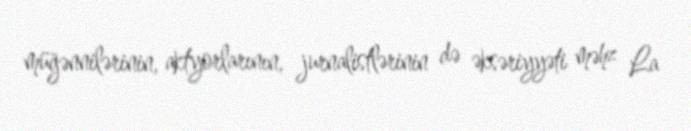
müğənnilərinin, aktyorlarının, jurnalistlərinin də əksəriyyəti məhz La